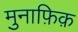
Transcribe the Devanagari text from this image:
मुनाफ़िक़